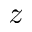
z